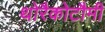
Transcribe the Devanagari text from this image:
थोरैकोटौमी